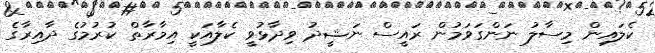
ކެލައިން މިސާލު ނަންގަވަމުން ރައީސް ނަޝީދު ވިދާޅުވީ ކެލާއަކީ އިމާރާތް ކުރުމުގެ ދާއިރާގެ